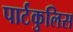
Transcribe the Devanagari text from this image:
पार्टकुलिस